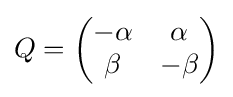
Q={\begin{pmatrix}-\alpha &\alpha \\\beta &-\beta \end{pmatrix}}